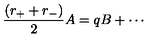
\frac { ( r _ { + } + r _ { - } ) } { 2 } A = q B + \cdots